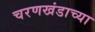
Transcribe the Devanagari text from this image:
चरणखंडाच्या